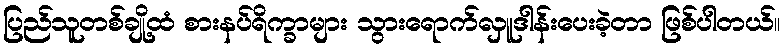
ပြည်သူတစ်ချို့ထံ စားနပ်ရိက္ခာများ သွားရောက်လှူဒါန်းပေးခဲ့တာ ဖြစ်ပါတယ်။